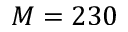
M = 2 3 0